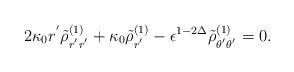
LaTeX: \begin{align*}2{\kappa_0}r^{'}\tilde{\rho}_{r^{'}r^{'}}^{(1)}+{\kappa_0}\tilde{\rho}_{r^{'}}^{(1)}-\epsilon^{1-2\Delta}\tilde{\rho}_{\theta^{'}\theta^{'}}^{(1)}=0.\end{align*}